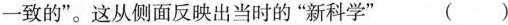
一致的”。这从侧面反映出当时的“新科学” ( )